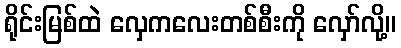
ရိုင်းမြစ်ထဲ လှေကလေးတစ်စီးကို လှော်လို့။